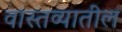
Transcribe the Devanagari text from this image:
वास्तव्यातील